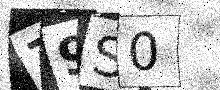
Text: Z9S0